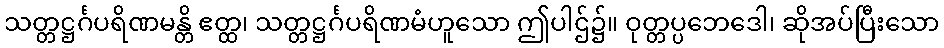
သတ္တဋ္ဌင်္ဂပရိဏမန္တိ ဧတ္ထ၊ သတ္တဋ္ဌင်္ဂပရိဏမံဟူသော ဤပါဌ်၌။ ဝုတ္တပ္ပဘေဒေါ၊ ဆိုအပ်ပြီးသော